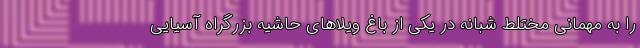
را به مهمانی مختلط شبانه در یکی از باغ ویلا‌های حاشیه بزرگراه آسیایی